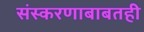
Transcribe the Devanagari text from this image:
संस्करणाबाबतही